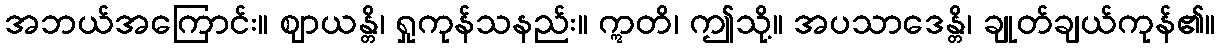
အဘယ်အကြောင်း။ ဈာယန္တိ၊ ရှုကုန်သနည်း။ ဣတိ၊ ဤသို့။ အပသာဒေန္တိ၊ ချုတ်ချယ်ကုန်၏။